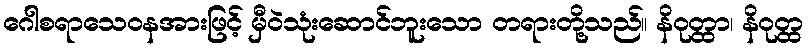
ဂေါစရာသေဝနအားဖြင့် မှီဝဲသုံးဆောင်ဘူးသော တရားတို့သည်။ နိဝုတ္ထာ၊ နိဝုတ္ထ